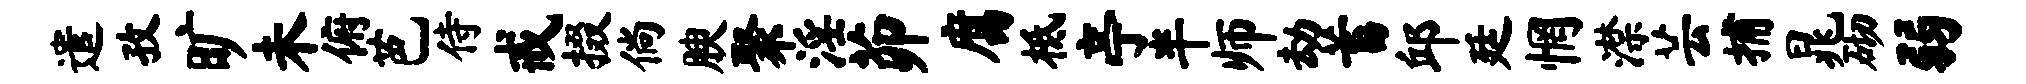
遣孜旷未俯芭侍戒掇倘腴聚淫茆腐柢亭半师劫蓄邱廷惘潸芸捕晁砌弱